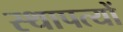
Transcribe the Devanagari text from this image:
स्थापत्यों